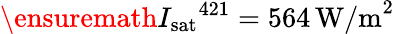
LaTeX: \ensuremath{I_{\mathrm{sat}}}^{421}=564\, \textrm{W/m}^{2}